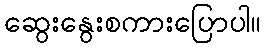
ဆွေးနွေးစကားပြောပါ။